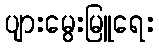
ပျားမွေးမြူရေး